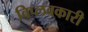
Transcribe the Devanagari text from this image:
विप्लवकारी